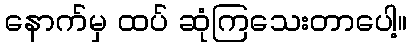
နောက်မှ ထပ် ဆုံကြသေးတာပေါ့။